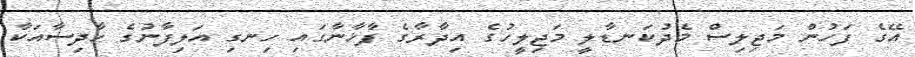
އޭގެ ފަހުން މަޖިލިސް މެދުކަނޑާލީ މަޖިލީހުގެ އިދާރާގެ ފާޚާނާގައި ހިނގި އަލިފާނުގެ ހާދިސާއަކާ